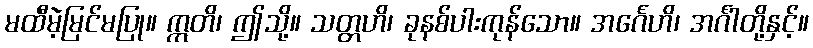
မထီမဲ့မြင်မပြု။ ဣတိ၊ ဤသို့။ သတ္တဟိ၊ ခုနစ်ပါးကုန်သော။ အင်္ဂေဟိ၊ အင်္ဂါတို့နှင့်။